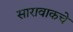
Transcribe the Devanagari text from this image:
सारावाकचे